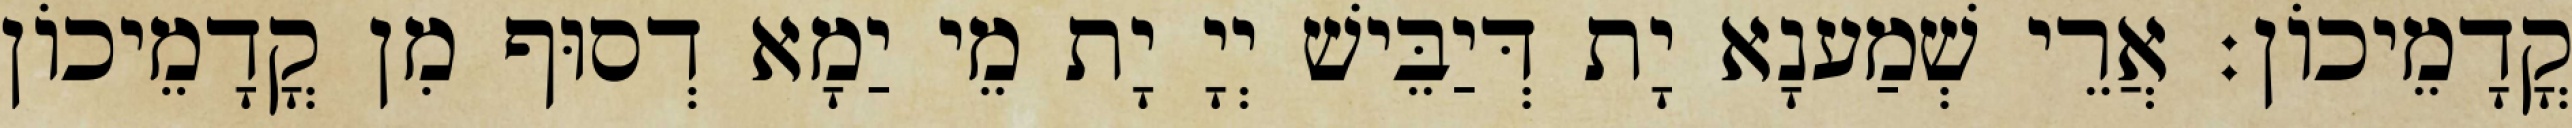
קֳדָמֵיכוֹן׃ אֲרֵי שְׁמַענָא יָת דְּיַבֵּישׁ יְיָ יָת מֵי יַמָא דְסוּף מִן קֳדָמֵיכוֹן